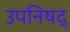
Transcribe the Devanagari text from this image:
उपनिषद्‍